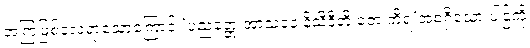
အကြံဖြစ်လေရာသောကြောင့် ‘ပညတ္တေ အာသနေ နိသိဒီတိ တေ ကိရ’အစရှိသော ပါဌ်ကို